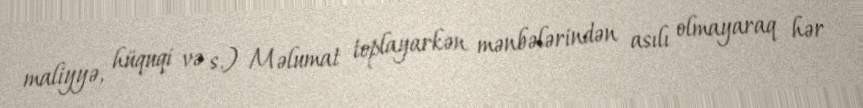
maliyyə, hüquqi və s.) Məlumat toplayarkən mənbələrindən asılı olmayaraq hər